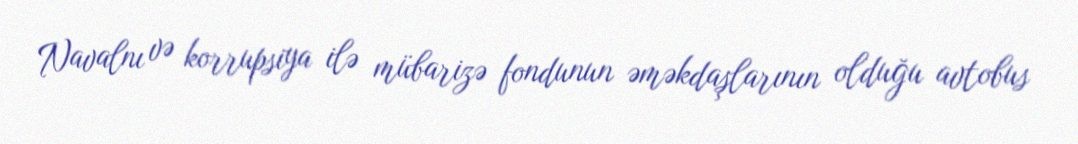
Navalnı və korrupsiya ilə mübarizə fondunun əməkdaşlarının olduğu avtobus